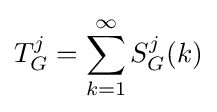
T_{G}^{j}=\sum _{k=1}^{\infty }S_{G}^{j}(k)